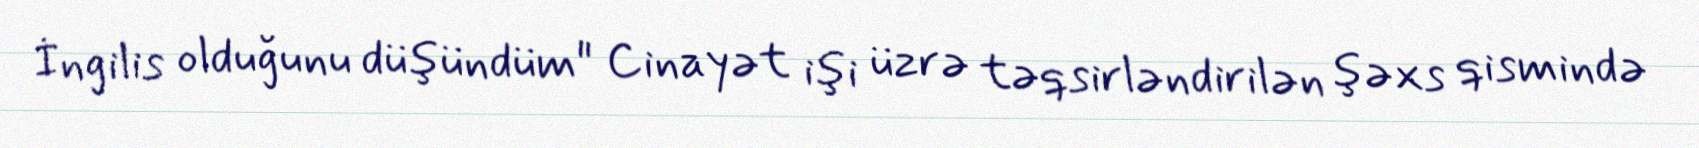
İngilis olduğunu düşündüm" Cinayət işi üzrə təqsirləndirilən şəxs qismində